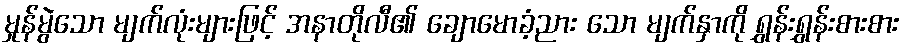
မှုန်မွဲသော မျက်လုံးများဖြင့် အနာတိုလီ၏ ချောမောခံ့ညား သော မျက်နှာကို ရွှန်းရွှန်းစားစား